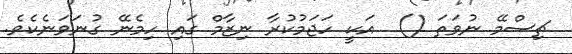
ޗިސްމޭ ނުވަތަ ()  އަކީ ހަޖަމުކުރާ ނިޒާމް ގައި ހިމެނޭ ގުނަވަނެކެވެ.